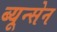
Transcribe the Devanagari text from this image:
ब्यून्सेन